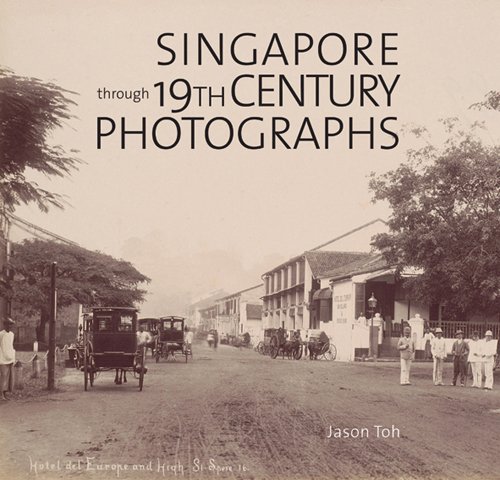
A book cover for Singapore Through 19th-Century Photographs; Jason Toh; Travel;